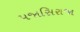
પજાસિરાજા